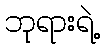
ဘုရားရဲ့